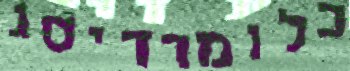
כלומרדיסג